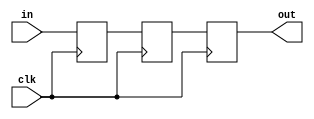
module delay(
  input in, clk,
  output reg out
);
  reg q1, q2;
  always @(posedge clk) begin
    q1 <= in;
    q2 <= q1;
    out <= q2;
  end
endmodule